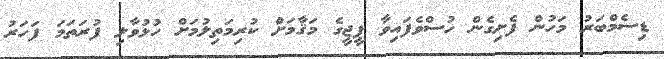
ޑިސެމްބަރު މަހުން ފެށިގެން ހުސްވެެފައިވާ ޕީޖީގެ މަޤާމަށް ކުރިމަތިލުމަށް ހުޅުވާލި ފުރަތަމަ ފަހަރު